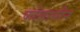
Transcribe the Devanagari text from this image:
फोलासीन